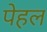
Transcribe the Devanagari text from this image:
पेहल